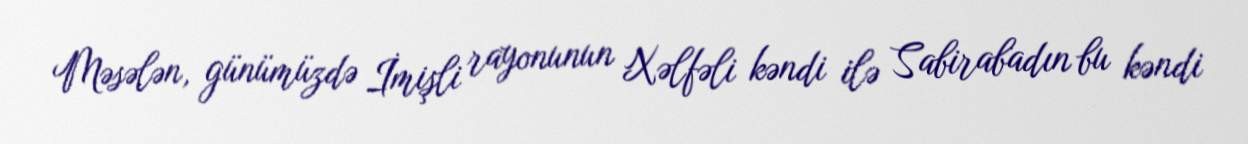
Məsələn, günümüzdə İmişli rayonunun Xəlfəli kəndi ilə Sabirabadın bu kəndi